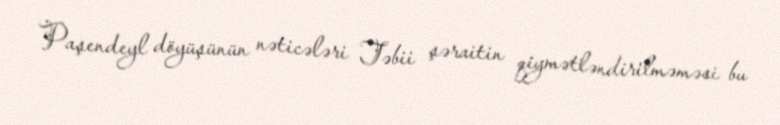
Paşendeyl döyüşünün nəticələri Təbii şəraitin qiymətləndirilməməsi bu